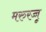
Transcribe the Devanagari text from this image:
मरुरज्जू